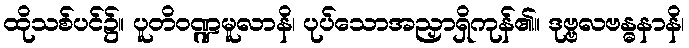
ထိုသစ်ပင်၌။ ပူတိဝဏ္ဍမူလာနိ၊ ပုပ်သောအညှာရှိကုန်၏။ ဒုဗ္ဗလဗန္ဓနာနိ၊